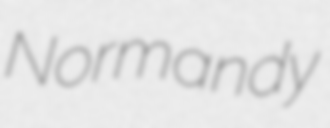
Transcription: Normandy